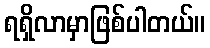
ရရှိလာမှာဖြစ်ပါတယ်။